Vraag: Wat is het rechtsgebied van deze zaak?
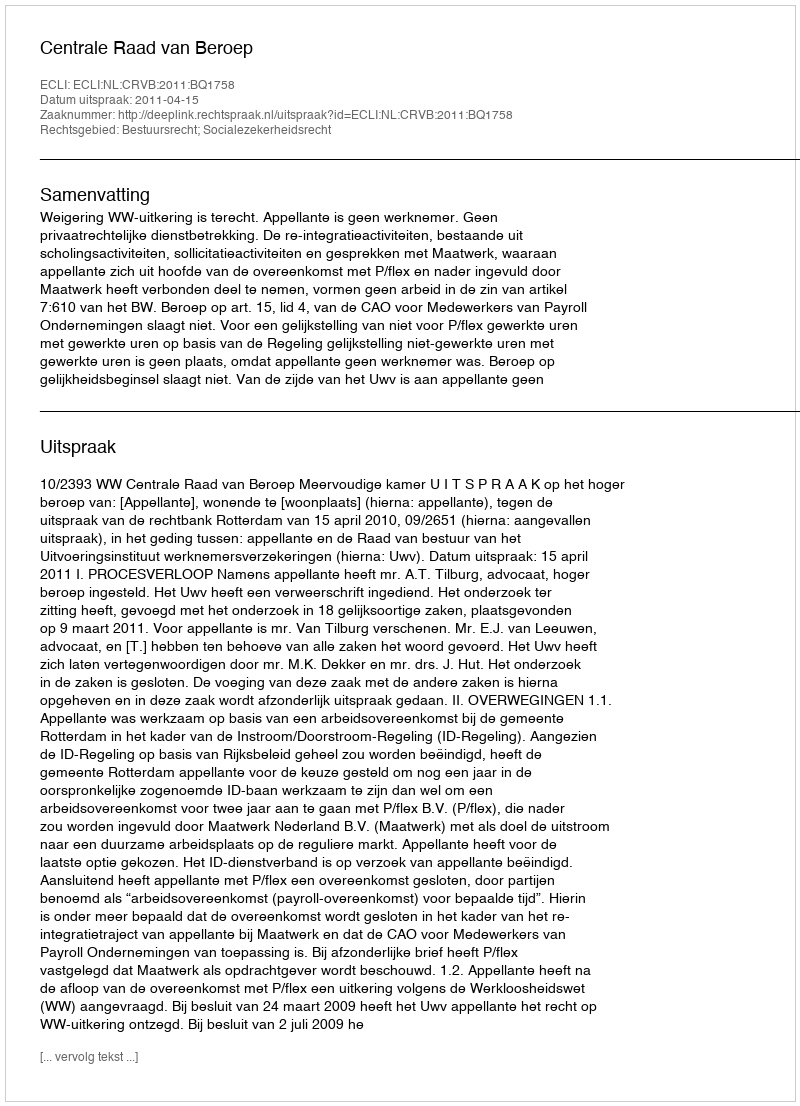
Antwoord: Bestuursrecht; Socialezekerheidsrecht